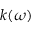
k ( \omega )